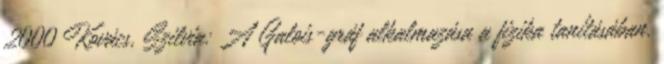
2000 Kovács, Szilvia: A Galois-gráf alkalmazása a fizika tanításában.